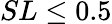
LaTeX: SL\leq 0.5